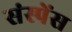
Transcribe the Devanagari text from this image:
संस्पेंस